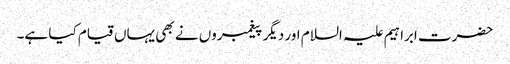
حضرت ابراہیم علیہ السلام اور دیگر پیغمبروں نے بھی یہاں قیام کیا ہے۔